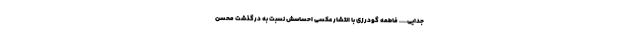
جدایی.... فاطمه گودرزی با انتشار عکسی احساسش نسبت به درگذشت محسن